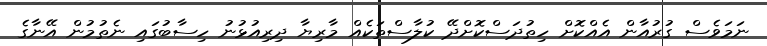
ނަމަވެސް ގުރުއާން އެއްކޮށް ހިތުދަސްކޮށްދޭ ކުލާސްތަކެއް މާރިޔާ ދިރިއުޅުނު ހިސާބުގައި ނެތުމުން އޭނާގެ